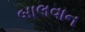
બાલવાન